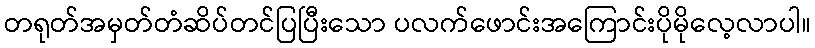
တရုတ်အမှတ်တံဆိပ်တင်ပြပြီးသော ပလက်ဖောင်းအကြောင်းပိုမိုလေ့လာပါ။